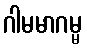
ဂါမမာဂမ္မ